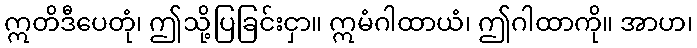
ဣတိဒီပေတုံ၊ ဤသို့ပြခြင်းငှာ။ ဣမံဂါထာယံ၊ ဤဂါထာကို။ အာဟ၊